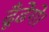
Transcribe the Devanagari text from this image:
ढूँढेंगे।